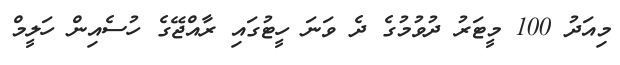
މިއަދު 100 މީޓަރު ދުވުމުގެ ދެ ވަނަ ހީޓުގައި ރާއްޖޭގެ ހުސެއިން ހަލީމް